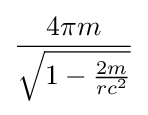
{\frac {4\pi m}{\sqrt {1-{\frac {2m}{rc^{2}}}}}}